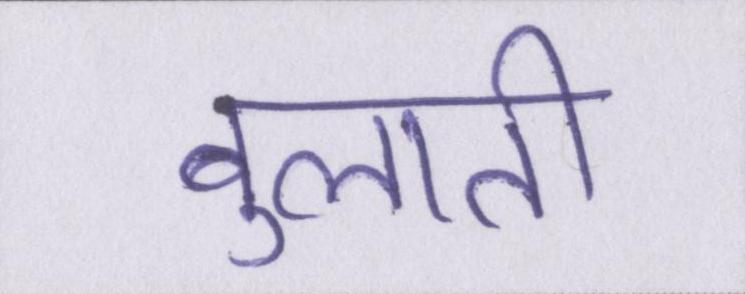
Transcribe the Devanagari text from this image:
बुलाती